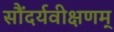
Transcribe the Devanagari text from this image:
सौंदर्यवीक्षणम्